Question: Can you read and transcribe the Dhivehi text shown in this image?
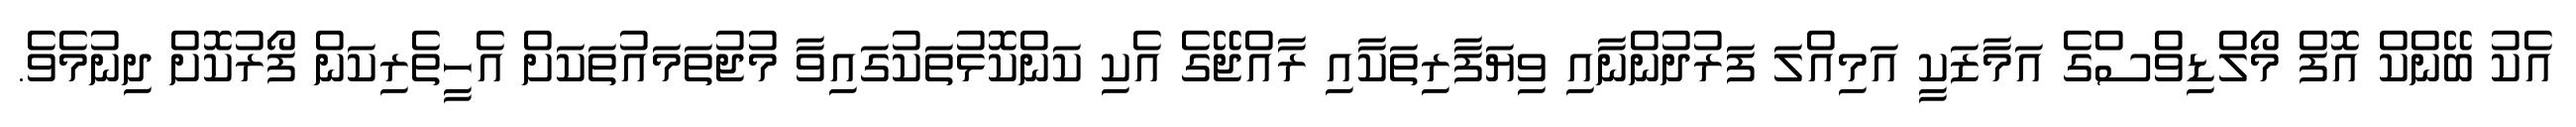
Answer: އެކު ބޭންކް އޮފް މޯލްޑިވްސްގެ އަމާޒަކީ އަމިއްލަ ފަރުދުންނާއި ވިޔަފާރިތަކާއި ރާއްޖޭގެ އެކި ކަންކޮޅުތަކުގައިވާ މުޖުތަމައުތަކަށް އެހީތެރިކަން ފޯރުކޮށް ދިނުމެވެ.